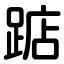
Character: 踮